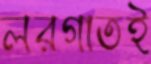
লরগাতই